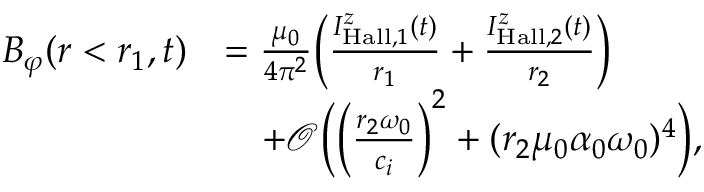
\begin{array} { r l } { B _ { \varphi } ( r < r _ { 1 } , t ) } & { = \frac { \mu _ { 0 } } { 4 \pi ^ { 2 } } \Big ( \frac { I _ { \mathrm { H a l l } , 1 } ^ { z } ( t ) } { r _ { 1 } } + \frac { I _ { \mathrm { H a l l } , 2 } ^ { z } ( t ) } { r _ { 2 } } \Big ) } \\ & { \quad + \mathcal { O } \Big ( \Big ( \frac { r _ { 2 } \omega _ { 0 } } { c _ { i } } \Big ) ^ { 2 } + ( r _ { 2 } \mu _ { 0 } \alpha _ { 0 } \omega _ { 0 } ) ^ { 4 } \Big ) , } \end{array}